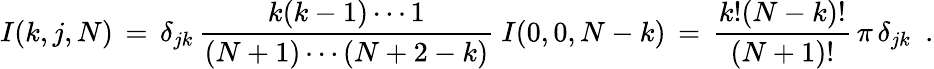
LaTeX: I(k,j,N)\, =\, \delta_{jk}\, \frac{k(k-1)\cdots 1}{(N+1)\cdots(N+2-k)}\ I(0,0,N-k)\, =\, \frac{k!(N-k)!}{(N+1)!}\, \pi\, \delta_{jk}\ \ .